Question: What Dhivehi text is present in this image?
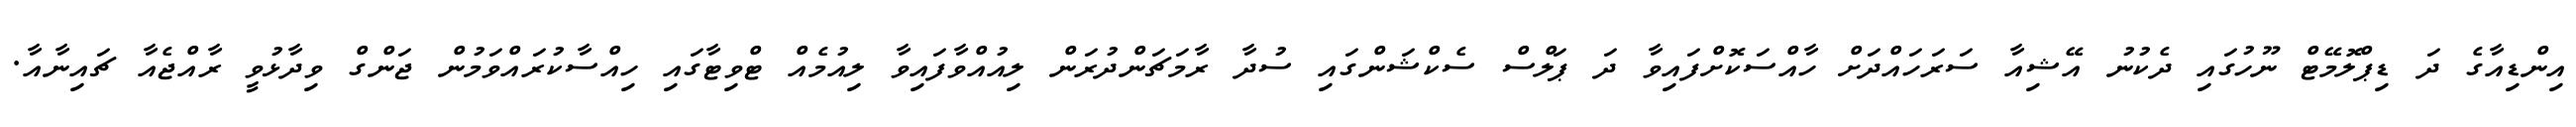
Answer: އިންޑިއާގެ ދަ ޑިޕްލޮމޭޓް ނޫހުގައި ދެކުނު އޭޝިއާ ސަރަހައްދަށް ހާއްސަކޮށްފައިވާ ދަ ޕަލްސް ސެކްޝަންގައި ސުދާ ރާމަޗަންދުރަން ލިއުއްވާފައިވާ ލިއުމެއް ޓްވިޓާގައި ހިއްސާކުރައްވަމުން ޖަންގް ވިދާޅުވީ ރާއްޖެއާ ޗައިނާއާ.